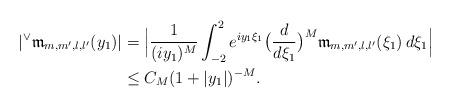
LaTeX: \begin{align*}| {}^{\vee} \mathfrak{m}_{m,m',l,l'}(y_1) |& =\Big|\frac{1}{(iy_1)^M}\int_{-2}^2 e^{i y_1 \xi_1} \big( \frac{d}{d\xi_1}\big)^M \mathfrak{m}_{m,m',l,l'}(\xi_1)\, d\xi_1\Big|\\& \le C_M ( 1 + |y_1| )^{-M}. \end{align*}